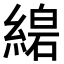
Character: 𦃧